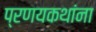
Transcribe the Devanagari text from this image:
प्रणयकथांना